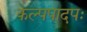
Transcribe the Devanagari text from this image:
कल्पपादपः